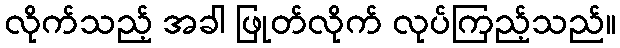
လိုက်သည့် အခါ ဖြုတ်လိုက် လုပ်ကြည့်သည်။